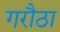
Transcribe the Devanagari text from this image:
गरौठा